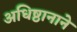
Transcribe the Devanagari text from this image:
अधिष्ठानाने